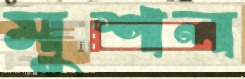
মুশল